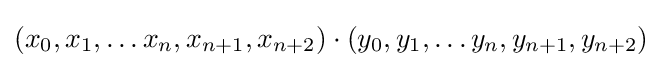
(x_{0},x_{1},\ldots x_{n},x_{n+1},x_{n+2})\cdot (y_{0},y_{1},\ldots y_{n},y_{n+1},y_{n+2})